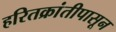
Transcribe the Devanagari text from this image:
हरितक्रांतीपासून